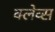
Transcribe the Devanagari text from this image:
क्लेव्स